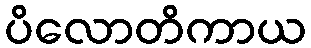
ပိလောတိကာယ